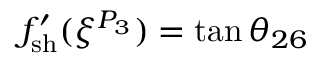
f _ { \mathrm { { s h } } } ^ { \prime } ( \xi ^ { P _ { 3 } } ) = \tan \theta _ { 2 6 }